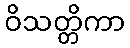
ဝိသတ္တိကာ